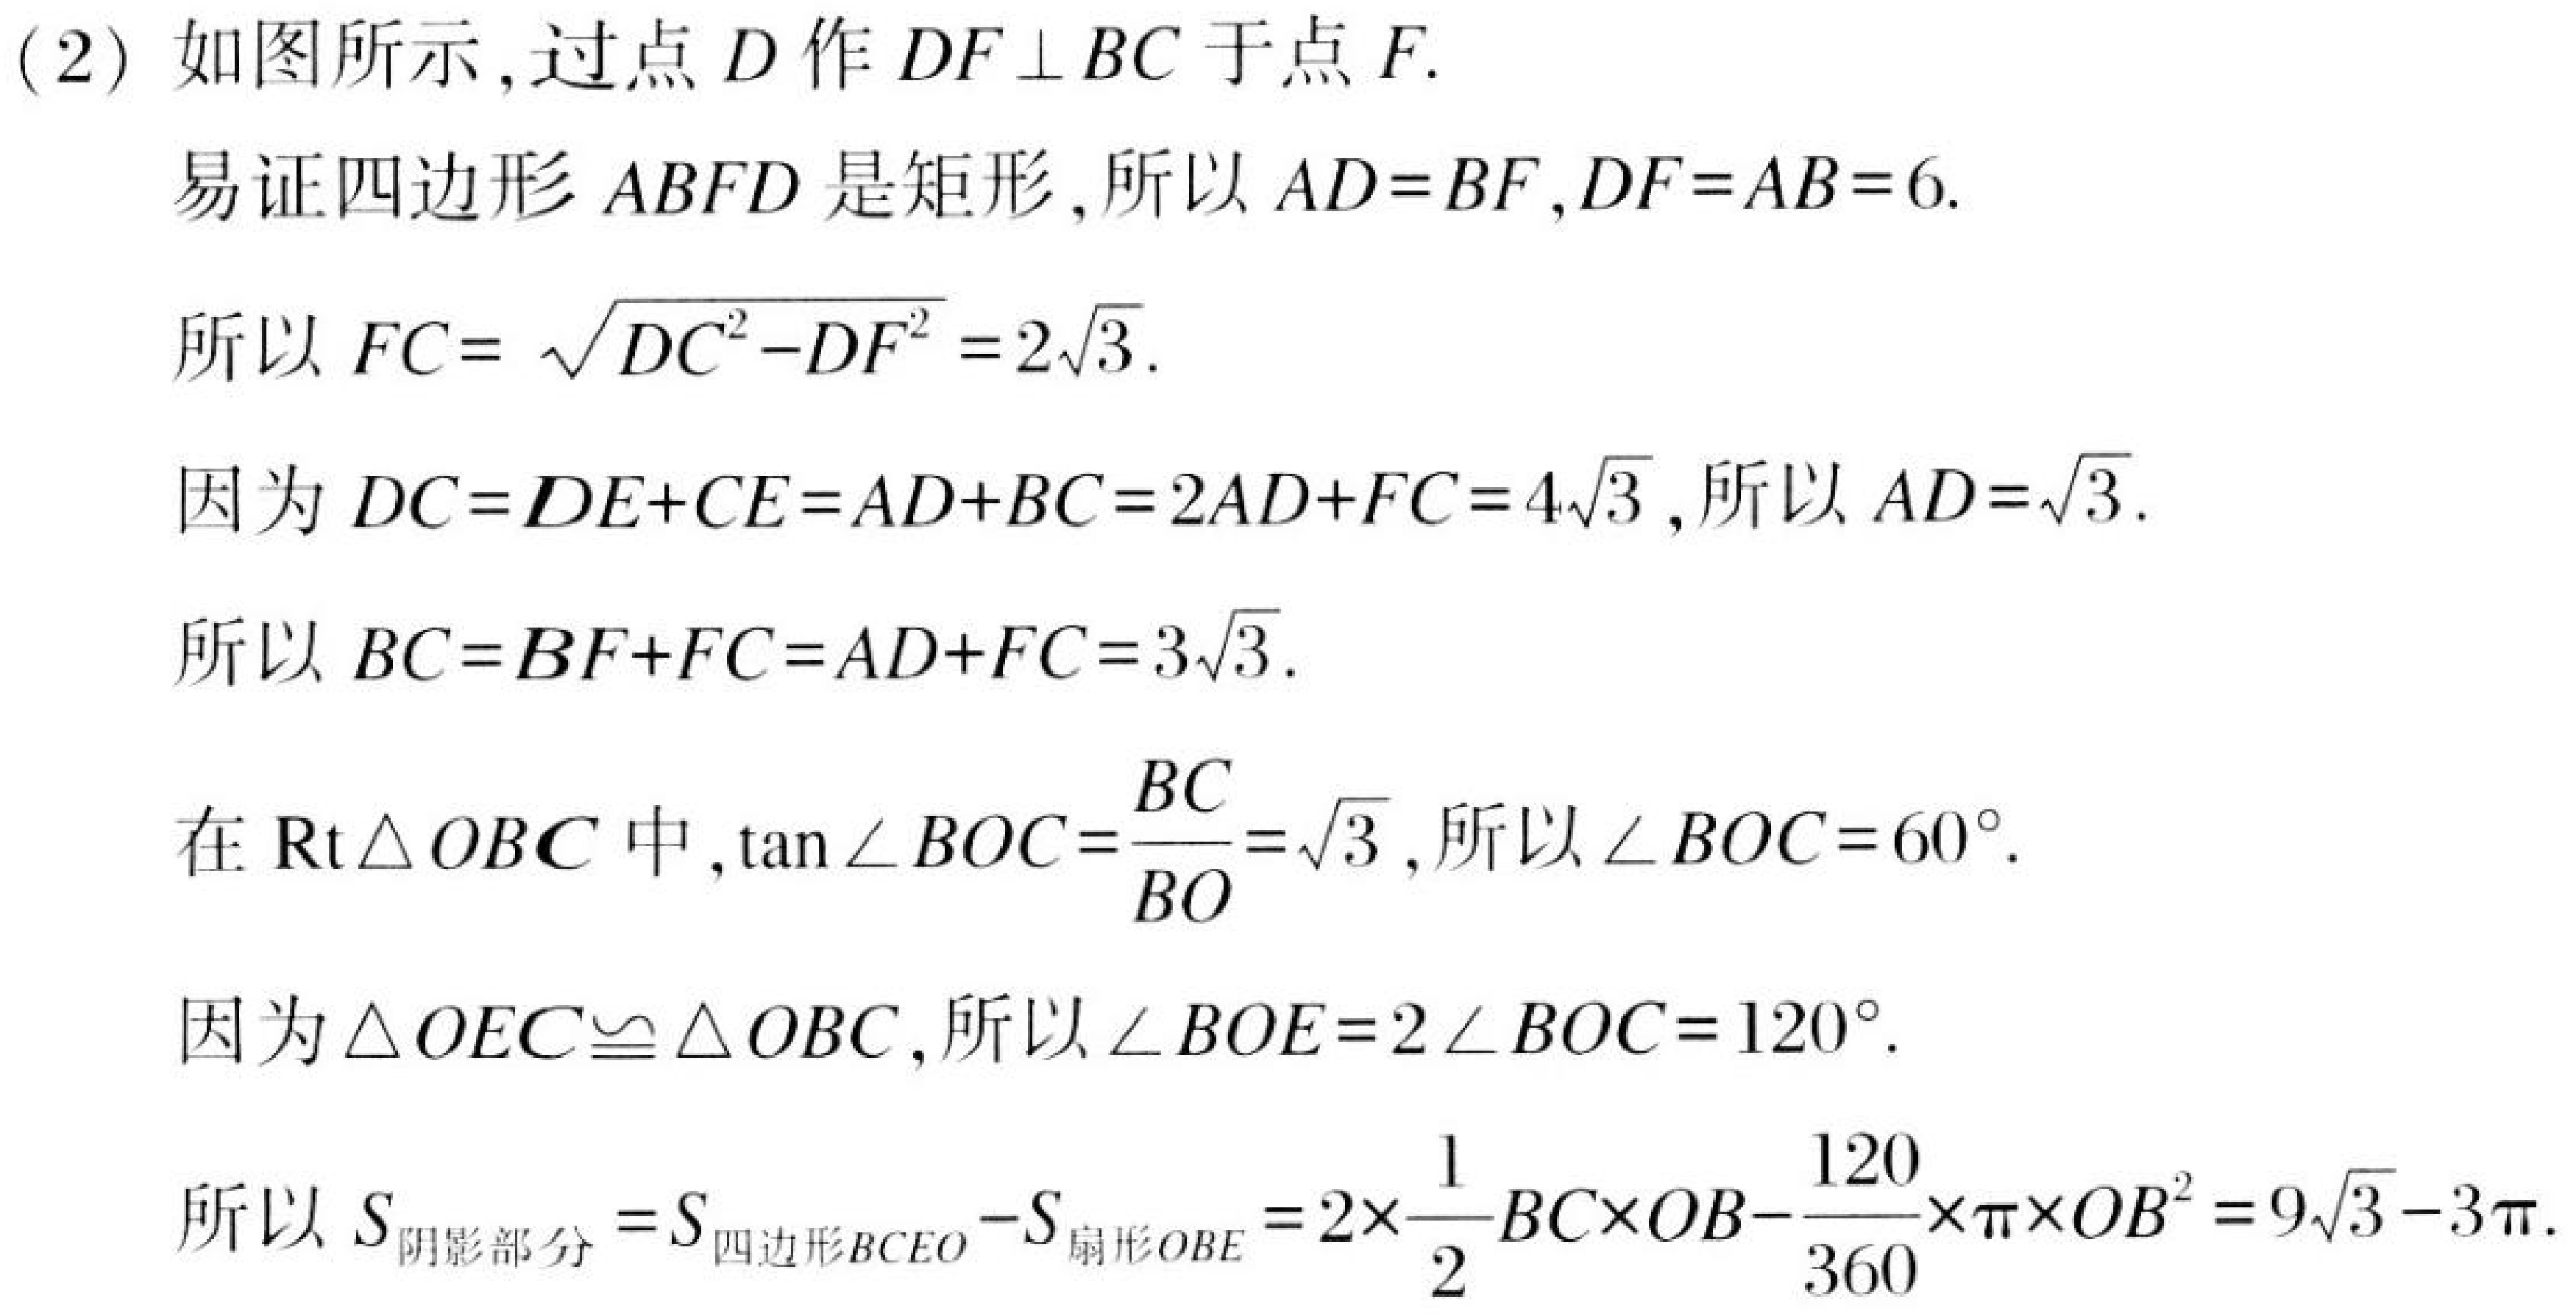
(2) 如图所示,过点\(D\)作\(DF\perp BC\)于点\(F\).
易证四边形\(ABFD\)是矩形,所以\(AD = BF\),\(DF = AB = 6\).
所以\(FC=\sqrt{DC^{2}-DF^{2}} = 2\sqrt{3}\).
因为\(DC = DE + CE=AD + BC = 2AD+FC = 4\sqrt{3}\),所以\(AD=\sqrt{3}\).
所以\(BC=BF + FC=AD + FC = 3\sqrt{3}\).
在\(\text{Rt}\triangle OBC\)中,\(\tan\angle BOC=\frac{BC}{BO}=\sqrt{3}\),所以\(\angle BOC = 60^{\circ}\).
因为\(\triangle OEC\cong\triangle OBC\),所以\(\angle BOE = 2\angle BOC = 120^{\circ}\).
所以\(S_{阴影部分}=S_{四边形BCEO}-S_{扇形OBE}=2\times\frac{1}{2}BC\times OB-\frac{120}{360}\times\pi\times OB^{2}=9\sqrt{3}-3\pi\).